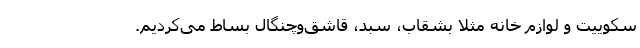
سکوییت و لوازم خانه مثلا بشقاب، سبد، قاشق‌‌‌وچنگال بساط می‌کردیم.